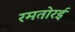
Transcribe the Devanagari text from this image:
रमतोरई